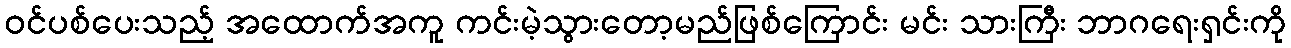
ဝင်ပစ်ပေးသည့် အထောက်အကူ ကင်းမဲ့သွားတော့မည်ဖြစ်ကြောင်း မင်း သားကြီး ဘာဂရေးရှင်းကို